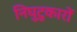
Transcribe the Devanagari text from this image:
निघुटुकारों